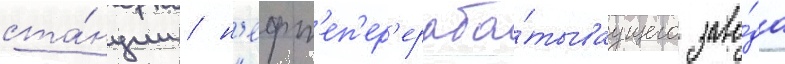
ста́нции / н'ефт'еп'ер'ераба́тываущего заво́да